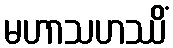
မဟာသဟဿိံ